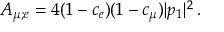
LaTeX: A _ { \mu ; e } = 4 ( 1 - c _ { e } ) ( 1 - c _ { \mu } ) | p _ { 1 } | ^ { 2 } \, .